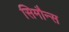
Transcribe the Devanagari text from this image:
सिमौन्स